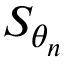
S _ { \theta _ { n } }